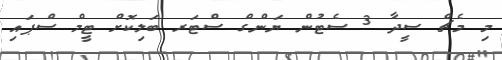
މި މެޗް ސީދާ 3 ސެޓުން ޔަންގް ސްޓަރ ބަލިކޮށް ޓީމް ސްޕައި